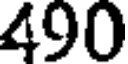
490